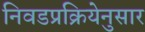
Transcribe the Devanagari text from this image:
निवडप्रक्रियेनुसार